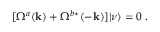
[ \Omega ^ { a } ( { \bf { k } } ) + \Omega ^ { b \star } ( { \bf { - k } } ) ] | { \nu } \rangle = 0 \; .